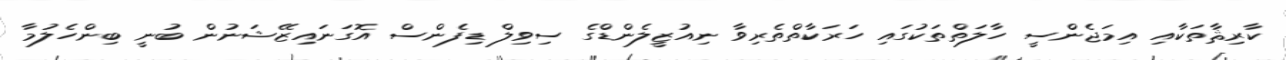
ކާރިޘާތަކާއި އިމަޖެންސީ ހާލަތްތަކުގައި ހަރަކާތްތެރިވާ ނިއުޒީލެންޑްގެ ސިވިލް ޑިފެންސް އޮގަނައިޒޭޝަނުން ބުނީ ބިންހެލުމާ